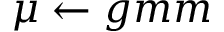
\mu \leftarrow g m m